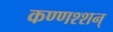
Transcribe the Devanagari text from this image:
कण्णश्शन्